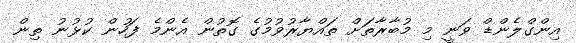
އިންގްލެންޑް ވަނީ މި މުބާރާތަށް ތައްޔާރުވުމުގެ ގޮތުން އެންމެ ފަހުން ކުޅުނު ތިން